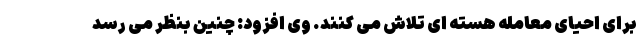
برای احیای معامله هسته ای تلاش می کنند. وی افزود: چنین بنظر می رسد